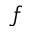
f